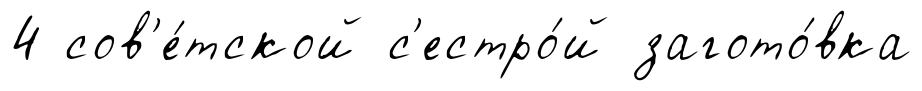
4 сов'е́тской с'естро́й загото́вка